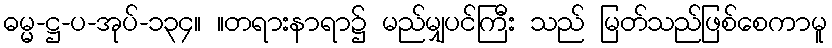
ဓမ္မ-ဋ္ဌ-ပ-အုပ်-၁၃၄။ ။တရားနာရာ၌ မည်မျှပင်ကြီး သည် မြတ်သည်ဖြစ်စေကာမူ